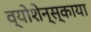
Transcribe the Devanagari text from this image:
व्योशेन्स्काया